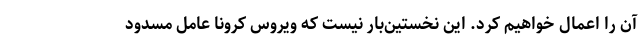
آن را اعمال خواهیم کرد. این نخستین‌بار نیست که ویروس کرونا عامل مسدود